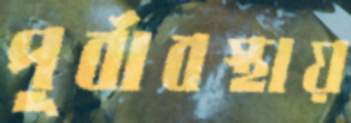
পূর্বাবস্থায়